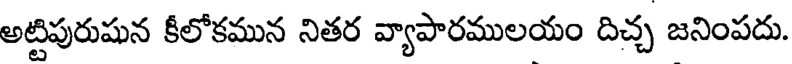
అట్టిపురుషున కీలోకమున నితర వ్యాపారములయం దిచ్చ జనింపదు.